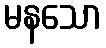
မနသော